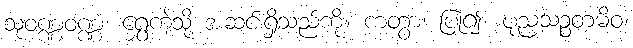
သုဝဏ္ဏဝဏ္ဏံ၊ ရွှေကဲ့သို့ အဆင်းရှိသည်ကို။ ကတွာ၊ ပြု၍။ ပုညသဉ္စတမိဝ၊